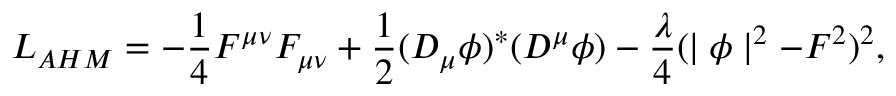
L _ { A H M } = - { \frac { 1 } { 4 } } F ^ { \mu \nu } F _ { \mu \nu } + { \frac { 1 } { 2 } } ( D _ { \mu } \phi ) ^ { * } ( D ^ { \mu } \phi ) - { \frac { \lambda } { 4 } } ( \mid \phi \mid ^ { 2 } - F ^ { 2 } ) ^ { 2 } ,